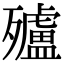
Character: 㱺